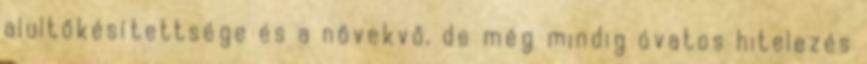
alultőkésítettsége és a növekvő, de még mindig óvatos hitelezés